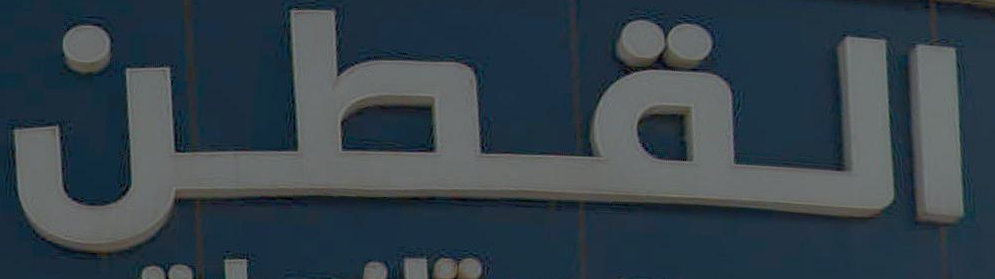
القطن